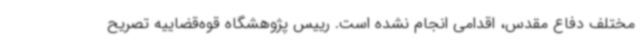
مختلف دفاع مقدس، اقدامی انجام نشده است. رییس پژوهشگاه قوه‌قضاییه تصریح